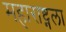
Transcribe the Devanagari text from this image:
महाराष्ट्नला